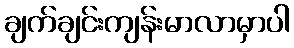
ချက်ချင်းကျန်းမာလာမှာပါ